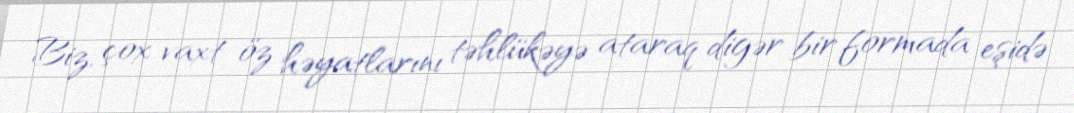
Biz, çox vaxt öz həyatlarını təhlükəyə ataraq digər bir formada eşidə